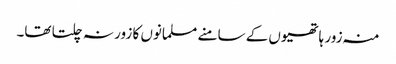
منہ زور ہاتھیوں کے سامنے مسلمانوں کا زور نہ چلتا تھا۔